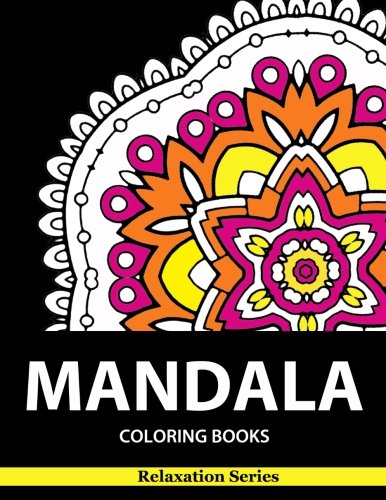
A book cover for Mandala Coloring Book: Relaxation Series : Coloring Books For Adults, coloring books for adults relaxation, Meditation Coloring Book for adult (Volume 1); TNK Coloring Book; Arts & Photography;